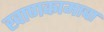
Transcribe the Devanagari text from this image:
खाणकामाचा